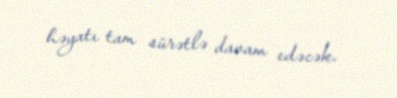
həyatı tam sürətlə davam edəcək.